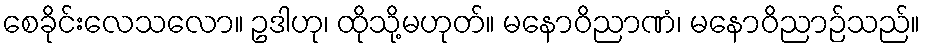
စေခိုင်းလေသလော။ ဥဒါဟု၊ ထိုသို့မဟုတ်။ မနောဝိညာဏံ၊ မနောဝိညာဉ်သည်။